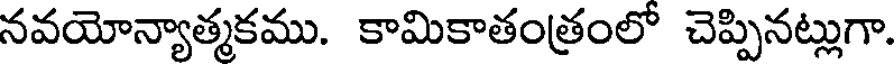
నవయోన్యాత్మకము. కామికాతంత్రంలో చెప్పినట్లుగా.